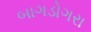
બાગડોગરા